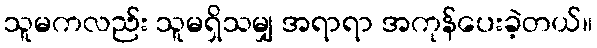
သူမကလည်း သူမရှိသမျှ အရာရာ အကုန်ပေးခဲ့တယ်။